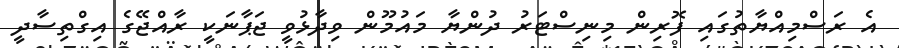
އެ ރަސްމިއްޔާތުގައި ފޮރިން މިނިސްޓަރު ދުންޔާ މައުމޫން ވިދާޅުވީ ޖަޕާނަކީ ރާއްޖޭގެ އިގްތިސާދީ